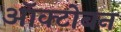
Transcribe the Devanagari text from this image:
ऑक्टोबन